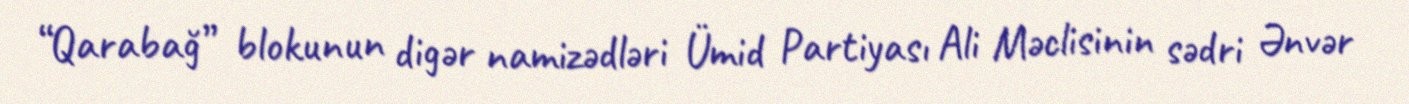
“Qarabağ” blokunun digər namizədləri Ümid Partiyası Ali Məclisinin sədri Ənvər